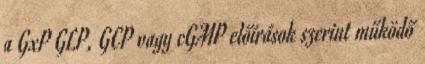
a GxP GLP, GCP vagy cGMP előírások szerint működő